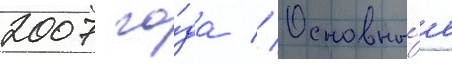
2007 го́да // Основны́е